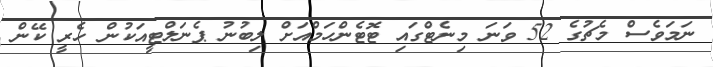
ނަމަވެސް މެޗުގެ 52 ވަނަ މިނެޓްގައި ޓޮޓެންހަމްއަށް ލިބުނު ޕެނަލްޓީއަކުން ހެރީ ކޭން